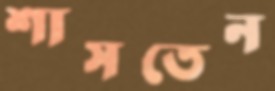
শাসতেন